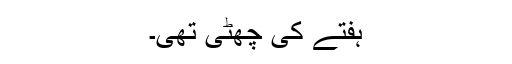
ہفتے کی چھٹی تھی۔